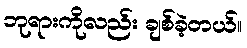
ဘုရားကိုလည်း ချစ်ခဲ့တယ်။